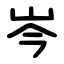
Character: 岑